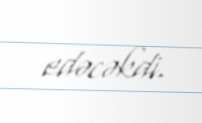
edəcəkdi.